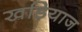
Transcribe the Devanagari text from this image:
खड़ियाज